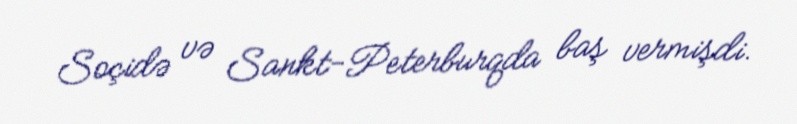
Soçidə və Sankt-Peterburqda baş vermişdi.